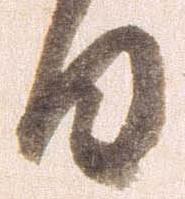
日